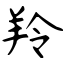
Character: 羚